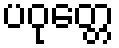
ပဝုတ္တေ